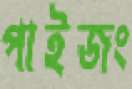
পাইজং